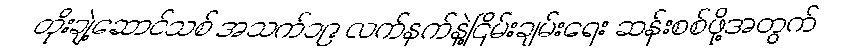
တိုးချဲ့ဆောင်သစ် အသက်၁၉ လက်နက်နဲ့ငြိမ်းချမ်းရေး ဆန်းစစ်ဖို့အတွက်